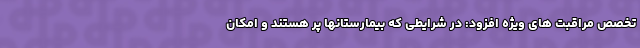
تخصص مراقبت های ویژه افزود: در شرایطی که بیمارستانها پر هستند و امکان